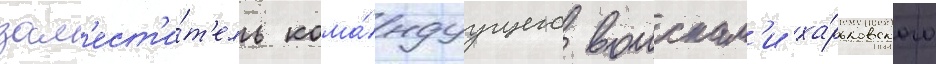
зам'ест'и́т'ель кома́ндуущего воискам'и ха́рьковского